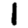
Digit: 1